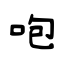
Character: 咆